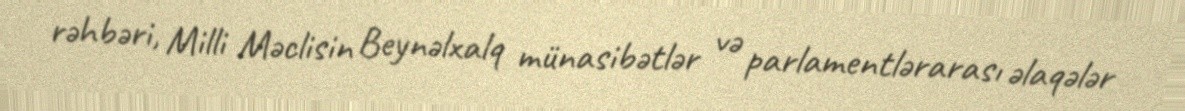
rəhbəri, Milli Məclisin Beynəlxalq münasibətlər və parlamentlərarası əlaqələr